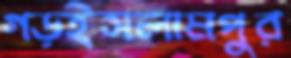
গড়ইসলামপুর